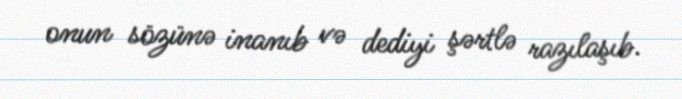
onun sözünə inanıb və dediyi şərtlə razılaşıb.